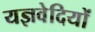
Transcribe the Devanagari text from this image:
यज्ञवेदियों